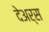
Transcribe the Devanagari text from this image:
देअर्स